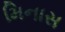
મિનાસ